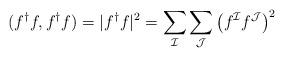
LaTeX: \begin{align*}(f^\dagger f,f^\dagger f)=|f^\dagger f|^2 = \sum_{\mathcal{I}}\sum_{\mathcal{J}}\left(f^\mathcal{I} f^\mathcal{J}\right)^2\end{align*}